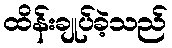
ထိန်းချုပ်ခဲ့သည်